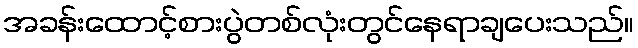
အခန်းထောင့်စားပွဲတစ်လုံးတွင်နေရာချပေးသည်။